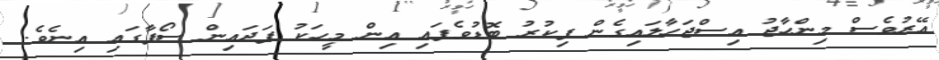
އޭރުވެސް މިންހާޖު އިސްޖަހާލައިގެން ފިކުރު ބޮޑުވެފައި އިން މީހަކު ފަދައިން ސޯފާގައި އިނެވެ.